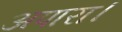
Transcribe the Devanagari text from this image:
अपारा।